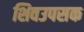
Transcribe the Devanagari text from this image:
शिवउपसक